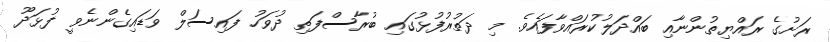
ރަށުގެ ރައްޔިތުންނާއި ބައްދަލުކުރައްވާފައެވެ. މި ދަތުރުފުޅުގައި ބުރާސްފަތި ދުވަހު ފައިސަލް ވަޑައިގެންނެވީ ފުޅަދޫ